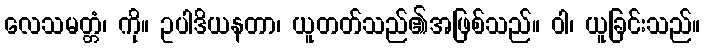
လေသမတ္တံ၊ ကို။ ဥပါဒိယနတာ၊ ယူတတ်သည်၏အဖြစ်သည်။ ဝါ၊ ယူခြင်းသည်။